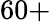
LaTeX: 60+